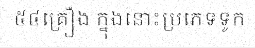
៥៤គ្រឿង ក្នុងនោះប្រភេទទូក